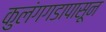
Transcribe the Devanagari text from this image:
कुलंगगडापासून